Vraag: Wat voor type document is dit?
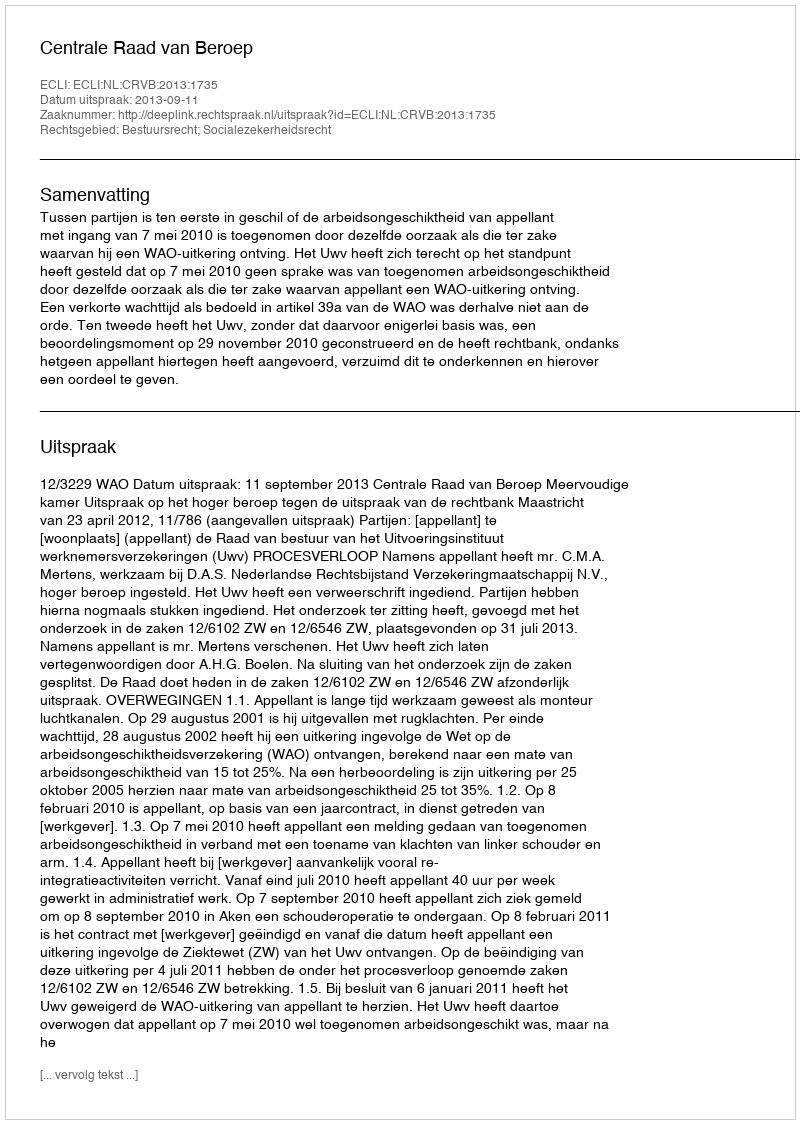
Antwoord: Uitspraak